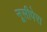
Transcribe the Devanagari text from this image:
नूसीपेरा